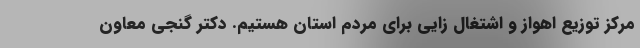
مرکز توزیع اهواز و اشتغال زایی برای مردم استان هستیم. دکتر گنجی معاون